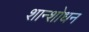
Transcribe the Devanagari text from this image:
शान्शोधन